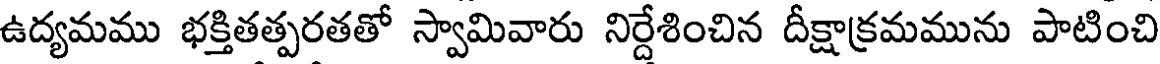
ఉద్యమము భక్తితత్పరతతో స్వామివారు నిర్దేశించిన దీక్షాక్రమమును పాటించి